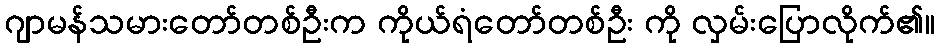
ဂျာမန်သမားတော်တစ်ဦးက ကိုယ်ရံတော်တစ်ဦး ကို လှမ်းပြောလိုက်၏။